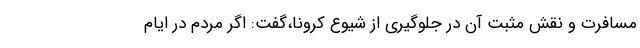
مسافرت و نقش مثبت آن در جلوگیری از شیوع کرونا،گفت: اگر مردم در ایام